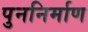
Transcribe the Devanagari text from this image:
पुननिर्माण